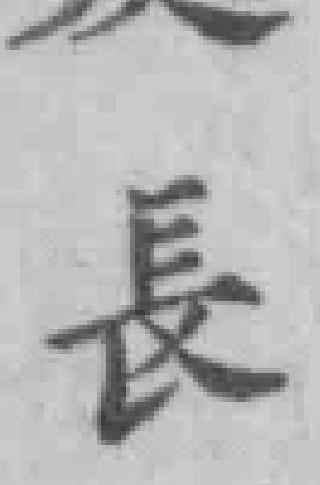
長